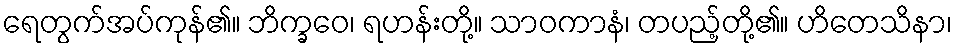
ရေတွက်အပ်ကုန်၏။ ဘိက္ခဝေ၊ ရဟန်းတို့။ သာဝကာနံ၊ တပည့်တို့၏။ ဟိတေသိနာ၊